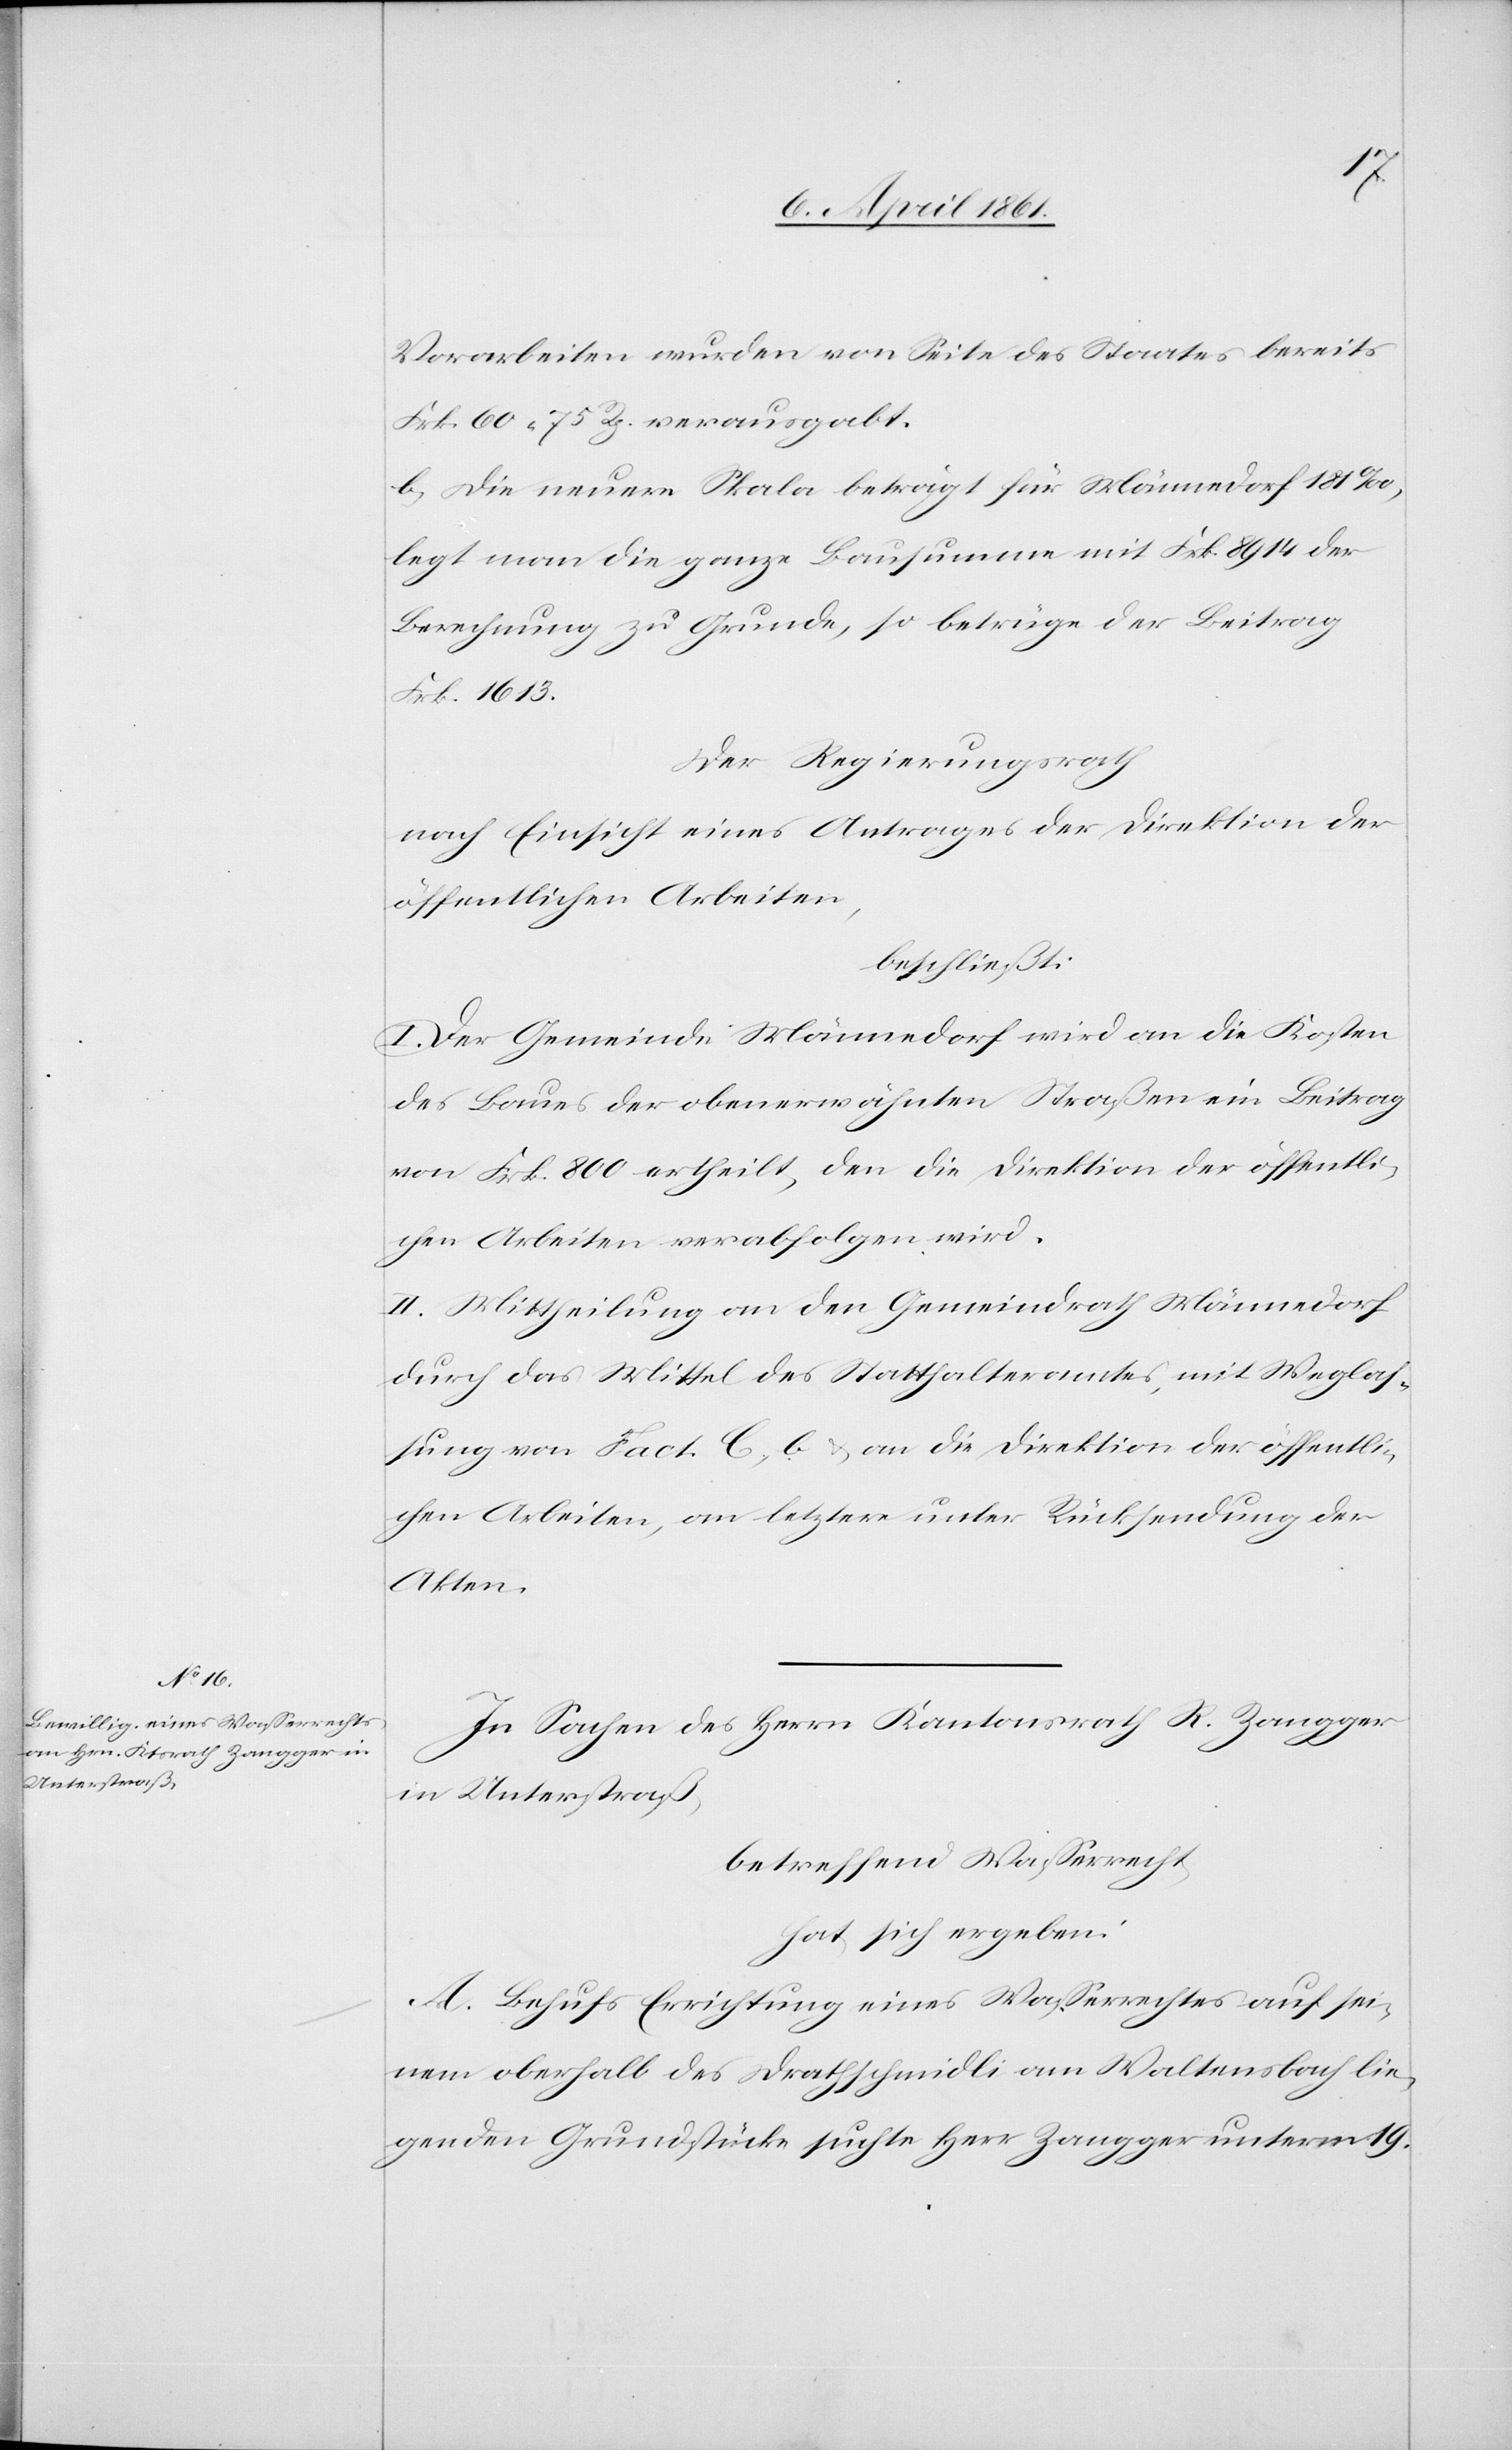
Vorarbeiten wurden von Seite des Staates bereits
Frk. 60 75 Rp. verausgabt.
b. Die neuere Skala beträgt für Männedorf 181‰,
legt man die ganze Bausumme mit Frk. 8914 der
Berechnung zu Grunde, so betrüge der Beitrag
Frk. 1613.
Der Regierungsrath
nach Einsicht eines Antrages der Direktion der
öffentlichen Arbeiten,
beschließt:
I. Der Gemeinde Männedorf wird an die Kosten
des Baues der oben erwähnten Straßen ein Beitrag
von Frk. 800 ertheilt, den die Direktion der öffentli¬
chen Arbeiten verabfolgen wird.
II. Mittheilung an den Gemeindrath Männedorf
durch das Mittel des Statthalteramtes, mit Weglas¬
sung von Fact. C, b. u. an die Direktion der öffentli¬
chen Arbeiten, an letztere unter Rücksendung der
Akten.
In Sachen des Herrn Kantonsrath R. Zangger
in Unterstraß,
betreffend Wasserrecht,
hat sich ergeben:
A. Behufs Errichtung eines Wasserrechtes auf sei¬
nem oberhalb des Drathschmidli am Waltensbach lie¬
genden Grundstücke suchte Herr Zangger unterm 19.